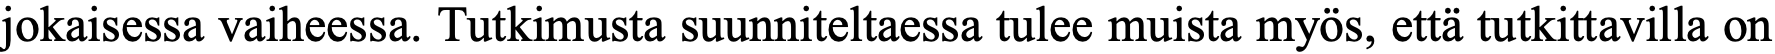
jokaisessa vaiheessa. Tutkimusta suunniteltaessa tulee muista myös, että tutkittavilla on